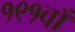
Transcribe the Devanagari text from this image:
१९१वाँ